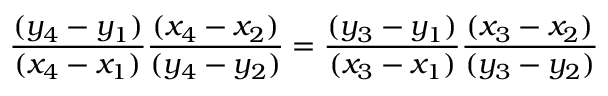
{ \frac { ( y _ { 4 } - y _ { 1 } ) } { ( x _ { 4 } - x _ { 1 } ) } } { \frac { ( x _ { 4 } - x _ { 2 } ) } { ( y _ { 4 } - y _ { 2 } ) } } = { \frac { ( y _ { 3 } - y _ { 1 } ) } { ( x _ { 3 } - x _ { 1 } ) } } { \frac { ( x _ { 3 } - x _ { 2 } ) } { ( y _ { 3 } - y _ { 2 } ) } }